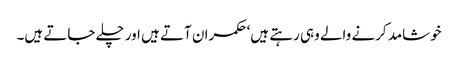
خوشامد کرنے والے وہی رہتے ہیں‘ حکمران آتے ہیں اور چلے جاتے ہیں۔